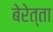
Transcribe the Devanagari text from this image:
बेरेत्ता